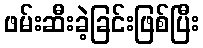
ဖမ်းဆီးခဲ့ခြင်းဖြစ်ပြီး